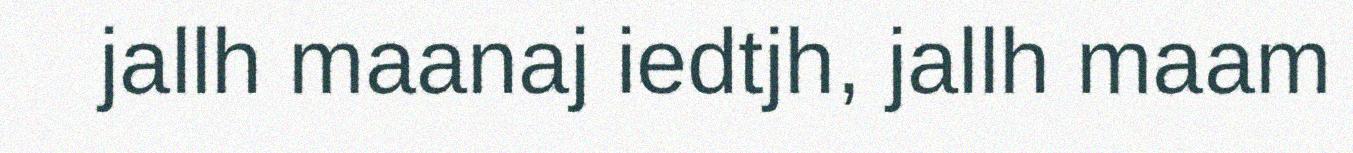
jallh maanaj iedtjh, jallh maam